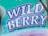
wild